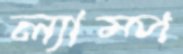
ল্যাম্প